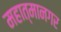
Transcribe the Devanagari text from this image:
महात्मानगर